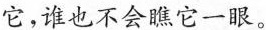
它，谁也不会瞧它一眼。